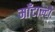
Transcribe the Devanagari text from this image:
माँटाल्टो